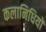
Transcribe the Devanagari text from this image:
कलानिधियों